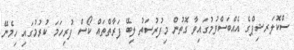
ސްކޮލަރޝިޕްގެ އެއްބަސްވުމުގައިވާ ގޮތުން މިފުރުސަތު ލިބޭ ފަރާތްތައް ކޯސް ފުރިހަމަ ކުރުމުގައި ހިމެނޭ